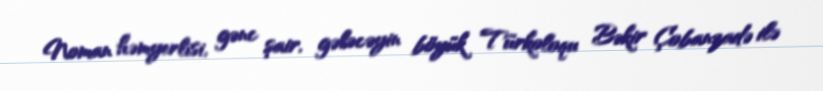
Noman həmyerlisi, gənc şair, gələcəyin böyük Türkoloqu Bəkir Çobanzadə ilə